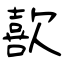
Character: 歖